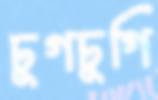
ঢুগঢুগি